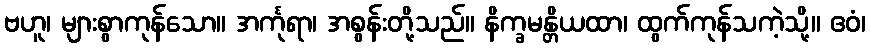
ဗဟူ၊ များစွာကုန်သော။ အင်္ကုရာ၊ အစွန်းတို့သည်။ နိက္ခမန္တိယထာ၊ ထွက်ကုန်သကဲ့သို့။ ဧဝံ၊